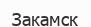
Закамск